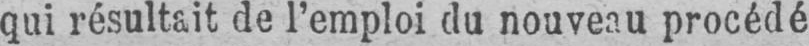
qui résultait de l’emploi du nouveau procédé